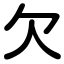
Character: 欠